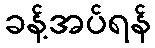
ခန့်အပ်ရန်